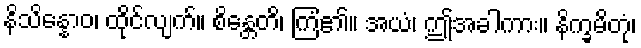
နိသိန္နောဝ၊ ထိုင်လျက်။ စိန္တေတိ၊ ကြံ၏။ အယံ၊ ဤအခါကား။ နိက္ခမိတုံ၊